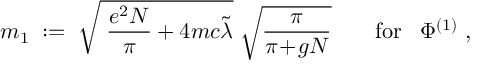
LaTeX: m _ { 1 } \; : = \; \sqrt { \; \frac { e ^ { 2 } N } { \pi } + 4 m c \tilde { \lambda } } \; \sqrt { \frac { \pi } { \pi \! + \! g N } } \; \; \; \; \; \; \; \mathrm { f o r } \; \; \; \Phi ^ { ( 1 ) } \; ,